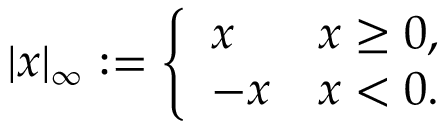
| x | _ { \infty } : = { \left\{ \begin{array} { l l } { x } & { x \geq 0 , } \\ { - x } & { x < 0 . } \end{array} \right. }